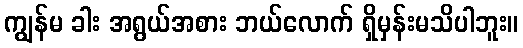
ကျွန်မ ခါး အရွယ်အစား ဘယ်လောက် ရှိမှန်းမသိပါဘူး။